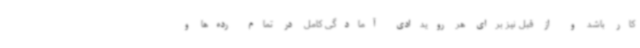
کار باشد و از قبل نیز برای هر رویدادی آمادگی کامل در تمام رده‌ها و